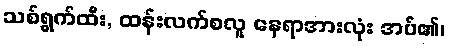
သစ်ရွက်ထီး, ထန်းလက်စလူ နေရာအားလုံး အပ်၏၊